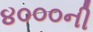
૪૦૦૦ની